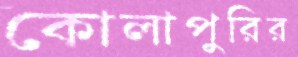
কোলাপুরির